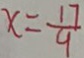
x = \frac { 1 7 } { 9 }